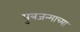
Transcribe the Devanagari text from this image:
पुत्रजन्माच्या